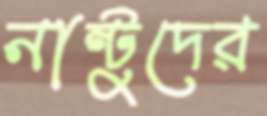
নান্টুদের